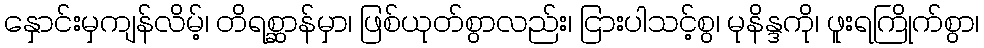
နှောင်းမှကျန်လိမ့်၊ တိရစ္ဆာန်မှာ၊ ဖြစ်ယုတ်စွာလည်း၊ ငြားပါသင့်စွ၊ မုနိန္ဒကို၊ ဖူးရကြိုက်စွာ၊